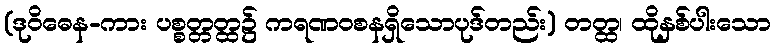
(ဒုဝိဓေန-ကား ပစ္စတ္တတ္ထ၌ ကရဏဝစနရှိသောပုဒ်တည်း) တတ္ထ၊ ထိုနှစ်ပါးသော